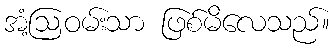
အံ့ဩဝမ်းသာ ဖြစ်မိလေသည်။